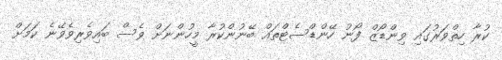
ކުރާ ހިތްވަރުގައި ވިންޑޯޒް ފޯނު ހޭންޑްސެޓްތައް ބޭނުންކުރާ މީހުންނަށް ވެސް ބައިވެރިވެވޭނެ ކަމަށް